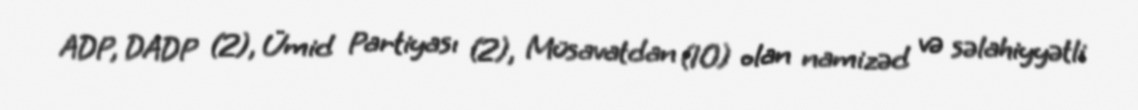
ADP, DADP (2), Ümid Partiyası (2), Müsavatdan (10) olan namizəd və səlahiyyətli